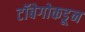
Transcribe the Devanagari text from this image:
टॉबेगोकडून